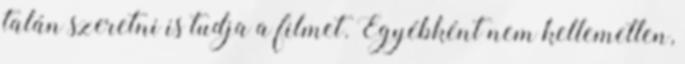
talán szeretni is tudja a filmet. Egyébként nem kellemetlen,